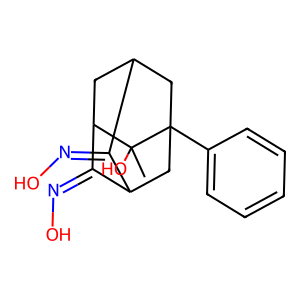
SMILES: CC1(O)C2CC3CC1(c1ccccc1)CC(C3=NO)C2=NO
Inhibits HIV replication: No